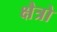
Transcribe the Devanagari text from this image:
क्षैत्रो